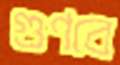
গুণবে